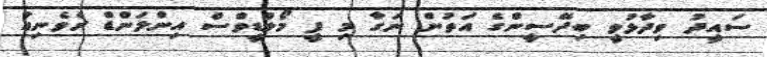
ސައީދު ވިދާޅުވީ ބިދޭސީންގެ އަތުން ނަގާ މި ފީ މޯލްޑީވްސް އިންލަންޑް ރެވެނިއު